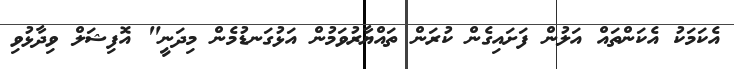
އެކަމަކު އެކަންތައް އަލުން ފަށައިގެން ކުރަން ތައްޔާރުވަމުން އަޅުގަނޑުމެން މިދަނީ" އޮފިޝަލް ވިދާޅުވި